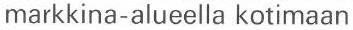
markkina-alueella kotimaan